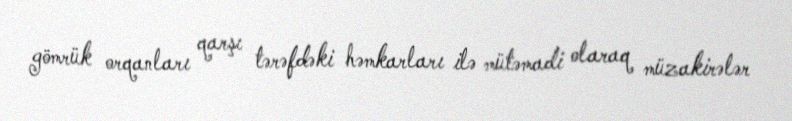
gömrük orqanları qarşı tərəfdəki həmkarları ilə mütəmadi olaraq müzakirələr